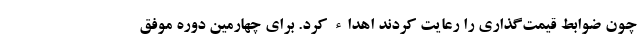
چون ضوابط قیمت‌گذاری را رعایت کردند اهداء کرد. برای چهارمین دوره موفق